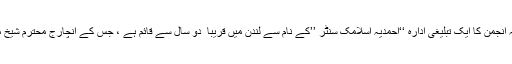
احباب جماعت کو معلوم ہے کہ انجمن کا ایک تبلیغی ادارہ ‘‘احمدیہ اسلامک سنٹر ’’کے نام سے لندن میں قریبا ً دو سال سے قائم ہے ، جس کے انچارج محترم شیخ محمد طفیل صاحب ایم اے ہیں ۔